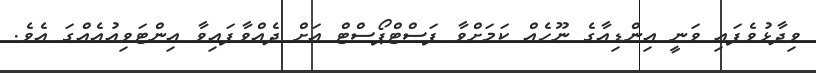
ވިދާޅުވެފައި ވަނީ އިންޑިއާގެ ނޫހެއް ކަމަށްވާ ފަސްޓްޕޯސްޓް އަށް ދެއްވާފައިވާ އިންޓަވިއުއެއްގަ އެވެ.